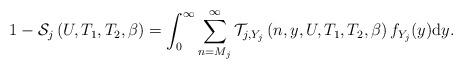
LaTeX: \begin{align*}&1-\mathcal{S}_{j}\left(U,T_{1},T_{2},\beta\right)=\int_{0}^{\infty}\sum_{n=M_{j}}^{\infty}\mathcal{T}_{j,Y_{j}}\left(n,y,U,T_{1},T_{2},\beta\right)f_{Y_{j}}(y){\rm d}y.\end{align*}